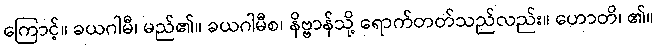
ကြောင့်။ ခယဂါမီ၊ မည်၏။ ခယဂါမီစ၊ နိဗ္ဗာန်သို့ ရောက်တတ်သည်လည်း။ ဟောတိ၊ ၏။